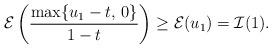
LaTeX: \begin{align*}\mathcal{E}\left(\frac{\max\{u_1-t,\, 0\}}{1-t}\right)\geq \mathcal{E}(u_1)=\mathcal{I}(1).\end{align*}